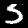
Label: 5